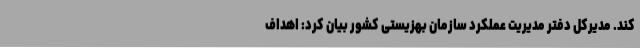
کند. مدیرکل دفتر مدیریت عملکرد سازمان بهزیستی کشور بیان کرد: اهداف